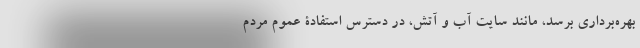
بهره‌برداری برسد، مانند سایت آب و آتش، در دسترس استفادۀ عموم مردم